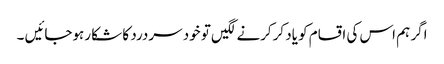
اگر ہم اس کی اقسام کو یاد کرکرنے لگیں تو خود سردرد کا شکا رہوجائیں ۔